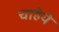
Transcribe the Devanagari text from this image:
चाहेये